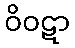
ဝိဝဋာ